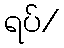
ရပ်/